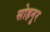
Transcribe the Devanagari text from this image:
सोहनुर